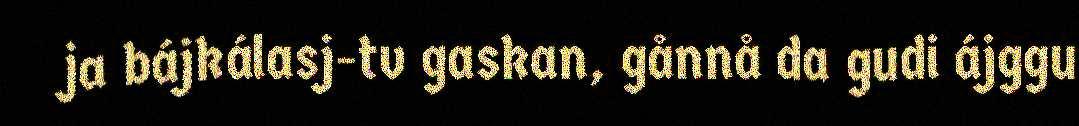
ja bájkálasj-tv gaskan, gånnå da gudi ájggu